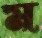
ম